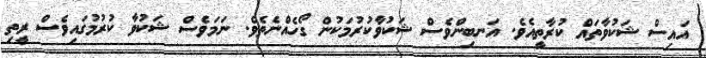
އައިސް ޝަކުވާތައް ކުރާތީއެވެ. އަނބިންވެސް ޝަކުވާކުރުމަކުން ގޯހެއްނެތެވެ. ނަމަވެސް ޝަކުވާ ކުރުމުގައިވެސް ރީތި